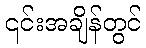
၎င်းအချိန်တွင်